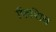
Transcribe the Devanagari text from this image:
फिशिन